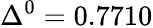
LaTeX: \Delta^{0}=0.7710